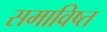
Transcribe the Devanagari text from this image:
समाविष्त